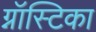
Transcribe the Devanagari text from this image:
ग्नॉस्टिका